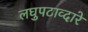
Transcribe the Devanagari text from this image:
लघुपटाव्दारे